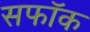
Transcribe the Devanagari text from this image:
सफॉक